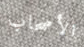
الأصحاب